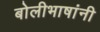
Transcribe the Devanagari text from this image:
बोलीभाषांनी